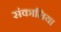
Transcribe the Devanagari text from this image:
संकालिया